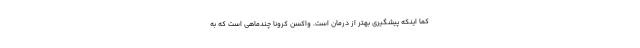
کما اینکه پیشگیری بهتر از درمان است. واکسن کرونا چندماهی است که به